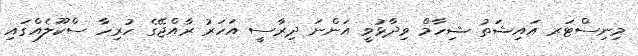
މިނިސްޓަރ އައިޝަތު ޝިހާމް ވިދާޅުވީ އަންނަ ދިރާސީ އަހަރު ރާއްޖޭގެ ހުރިހާ ސްކޫލެއްގައި